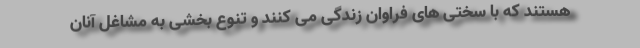
هستند که با سختی های فراوان زندگی می کنند و تنوع بخشی به مشاغل آنان